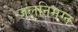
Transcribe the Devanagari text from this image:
जलनिमग्न